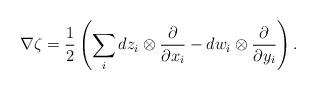
LaTeX: \begin{align*} \nabla \zeta = \frac{1}{2}\left(\sum_i dz_i\otimes \frac{\partial}{\partial x_i}- dw_i\otimes \frac{\partial}{\partial y_i}\right).\end{align*}